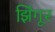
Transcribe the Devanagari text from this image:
झिंगूर